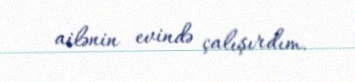
ailənin evində çalışırdım.